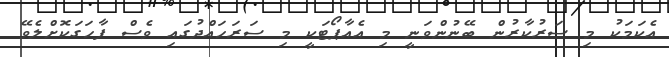
އެކަމަކު މި ސަރުކާރުން ބޭނުންވަނީ މި އެއާޕޯޓަކީ މި ސަރަހައްދުގައި ވެސް ފާހަގަކޮށްލެވޭ